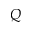
Q